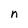
Character: n